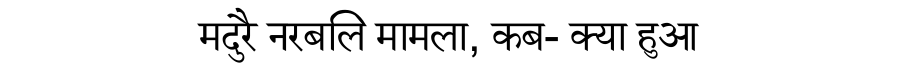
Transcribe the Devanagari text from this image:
मदुरै नरबलि मामला, कब- क्या हुआ